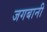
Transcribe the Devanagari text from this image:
जगबानी